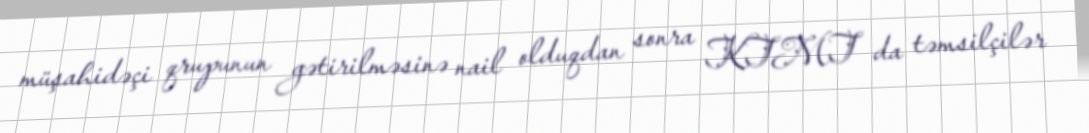
müşahidəçi qrupunun gətirilməsinə nail olduqdan sonra KTMT da təmsilçilər